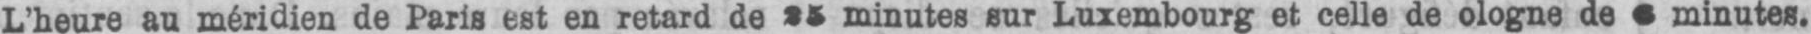
L’heure au méridien de Paris est en retard de 25 minutes sur Luxembourg et celle de ologne de 6 minutes.